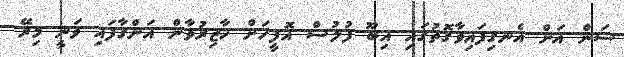
ސަން އަށް އެނގިފައިވާގޮތުގައި އިބޫ ފުލުސް އޮފީހަށް ހާޒިރުވާން އަންގާފައި ވަނީ މިރޭ